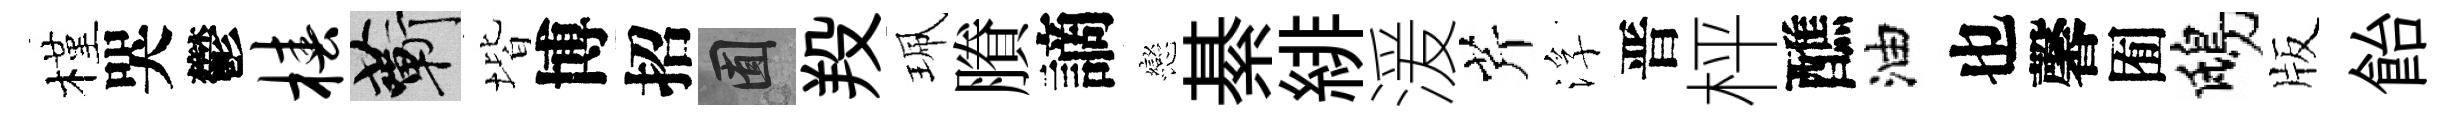
槿哭鬱椿蔪堦博招囿羖珮賸謫戀綦緋湲芹浮晋枰醮油也馨囿鴟版飴